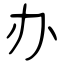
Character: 办